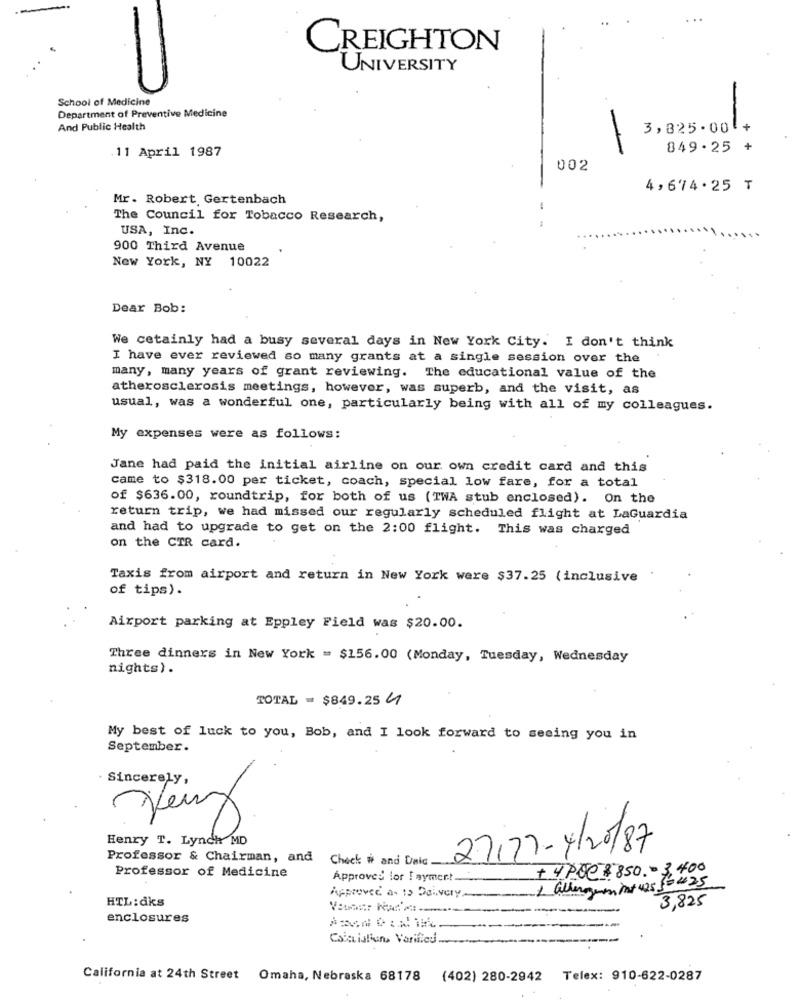
CREIGHTON
UNIVERSITY
School of Medicine
Department of Preventive Medicine
And Public Health
3,825.00 +
11 April 1987
849.25 +
002
4,674.25 ₸
Mr. Robert Gertenbach
The Council for Tobacco Research,
USA, Inc.
900 Third Avenue
New York, NY 10022
Dear Bob:
We cetainly had a busy several days in New York City. I don't think
I have ever reviewed so many grants at a single session over the
many, many years of grant reviewing. The educational value of the
atherosclerosis meetings, however, was superb, and the visit, as
usual, was a wonderful one, particularly being with all of my colleagues.
My expenses were as follows:
Jane had paid the initial airline on our own credit card and this
came to $318.00 per ticket, coach, special low fare, for a total
of $636.00, roundtrip, for both of us (TWA stub enclosed). On the
return trip, we had missed our regularly scheduled flight at LaGuardia
and had to upgrade to get on the 2:00 flight. This was charged
on the CTR card.
Taxis from airport and return in New York were $37.25 (inclusive
of tips).
Airport parking at Eppley Field was $20.00.
Three dinners in New York = $156.00 (Monday, Tuesday, Wednesday
nights) .
TOTAL = $849.25 4
My best of luck to you, Bob, and I look forward to seeing you in
September.
Sincerely,
Henry T. Lynch MD
Very
27121-4/20/87
Professor & Chairman, and Check # and Daic.
Professor of Medicine
Approved for ! aymer !.
+4poe 8850. = 3,400
2 allergien mat 425 5-425
HTL:dks
Approved a- 13 Daivery.
3,825
-
enclosures
Cola ialiun. Varified ..
California at 24th Street
Omaha, Nebraska 68178
(402) 280-2942 Telex: 910-622-0287